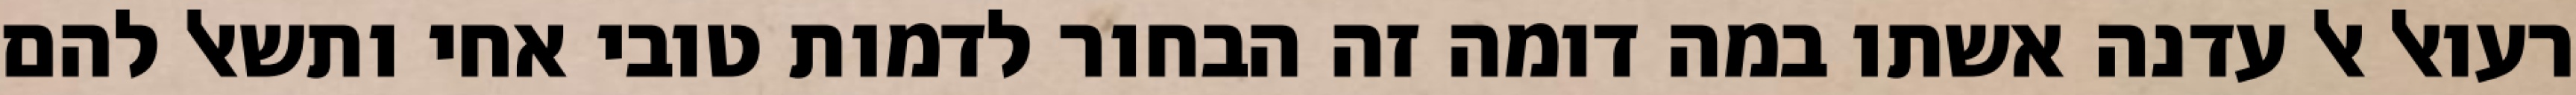
רעואל אל עדנה אשתו במה דומה זה הבחור לדמות טובי אחי ותשאל להם